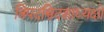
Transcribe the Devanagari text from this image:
त्रिपदस्त्रिदशाध्यक्षो